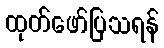
ထုတ်ဖော်ပြသရန်